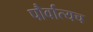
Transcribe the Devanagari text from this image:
पौर्वात्यच